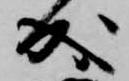
成